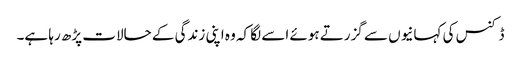
ڈکنس کی کہانیوں سے گزرتے ہوئے اسے لگا کہ وہ اپنی زندگی کے حالات پڑھ رہا ہے۔